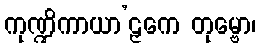
ကုဏ္ဍိကာယာ’ဠှကေ တုမ္ဗော၊